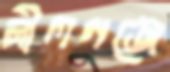
নীলগঞ্জে